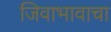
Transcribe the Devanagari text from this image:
जिवाभावाचा